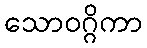
သောဝဂ္ဂိကာ